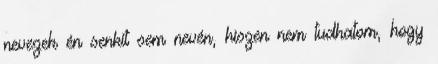
nevezek én senkit sem nevén, hiszen nem tudhatom, hogy